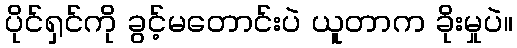
ပိုင်ရှင်ကို ခွင့်မတောင်းပဲ ယူတာက ခိုးမှုပဲ။